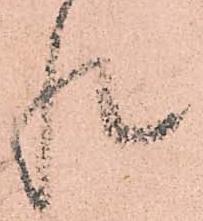
惶